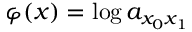
\varphi ( x ) = \log a _ { x _ { 0 } x _ { 1 } }